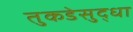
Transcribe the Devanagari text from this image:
तुकडेसुद्धा